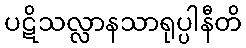
ပဋိသလ္လာနသာရုပ္ပါနီတိ